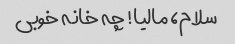
سلام، مالیا! چه خانه خوبی